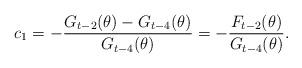
LaTeX: \begin{align*}c_1=-\frac{G_{t-2}(\theta)-G_{t-4}(\theta)}{G_{t-4}(\theta)}=-\frac{F_{t-2}(\theta)}{G_{t-4}(\theta)}. \end{align*}